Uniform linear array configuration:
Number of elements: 64
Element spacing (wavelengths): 0.5
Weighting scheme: kaiser
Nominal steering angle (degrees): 30
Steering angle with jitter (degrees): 31.416
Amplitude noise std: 0.05
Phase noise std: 0.05

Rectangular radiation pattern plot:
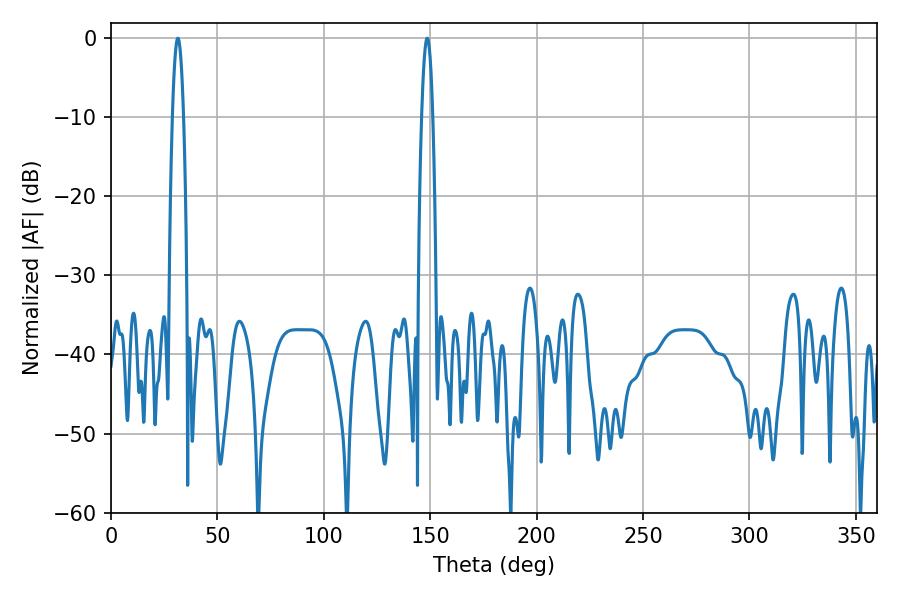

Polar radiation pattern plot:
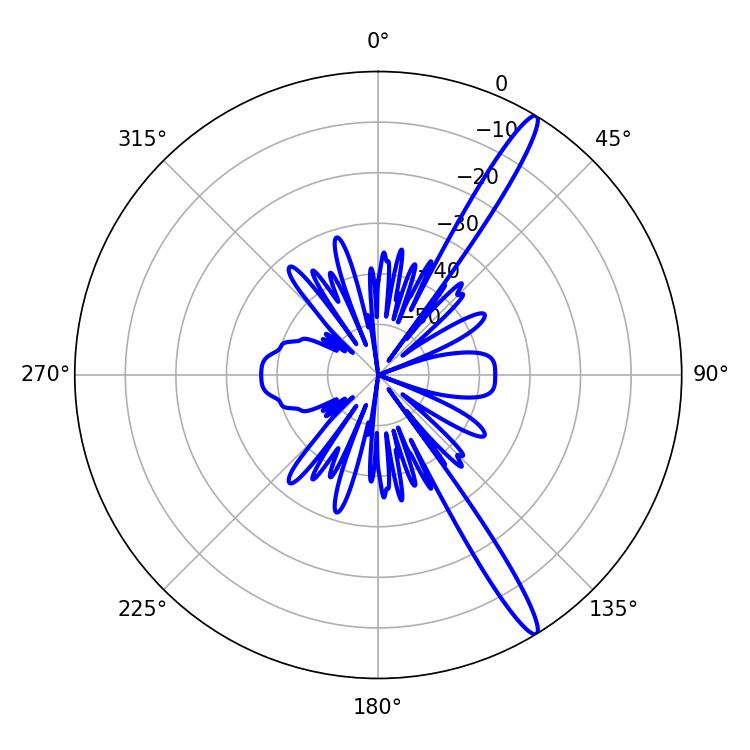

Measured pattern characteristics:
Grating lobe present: FALSE
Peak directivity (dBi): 15.443
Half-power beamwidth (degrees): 2.7
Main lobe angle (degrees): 31.5